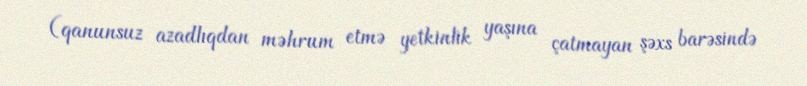
(qanunsuz azadlıqdan məhrum etmə yetkinlik yaşına çatmayan şəxs barəsində